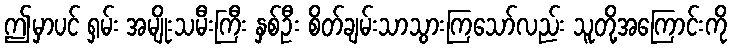
ဤမှာပင် ရှမ်း အမျိုးသမီးကြီး နှစ်ဦး စိတ်ချမ်းသာသွားကြသော်လည်း သူတို့အကြောင်းကို